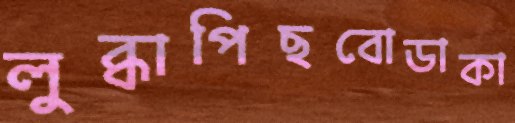
লুব্ধাপিছবোডাকা